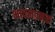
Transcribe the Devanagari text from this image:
भावनात्मक